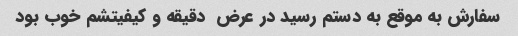
سفارش به موقع به دستم رسید در عرض  دقیقه و کیفیتشم خوب بود